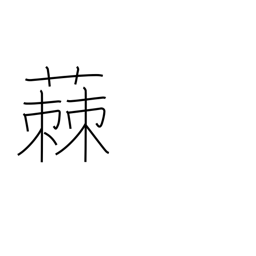
Meaning: milwort